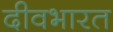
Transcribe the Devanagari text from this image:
दीवभारत